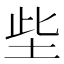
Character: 㘹